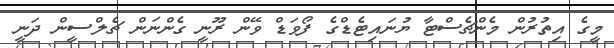
މީގެ އިތުރުން މެންޗެސްޓާ ޔުނައިޓެޑްގެ ފޯވަޑް ވޭން ރޫނީ ގެންނަން ޗެލްސީން ދަނީ